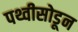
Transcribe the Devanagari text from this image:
पथ्वीसोडून